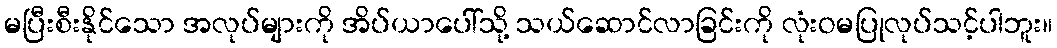
မပြီးစီးနိုင်သော အလုပ်များကို အိပ်ယာပေါ်သို့ သယ်ဆောင်လာခြင်းကို လုံးဝမပြုလုပ်သင့်ပါဘူး။